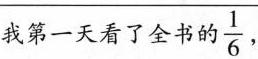
我第一天看了全书自 \frac{1}{6}，